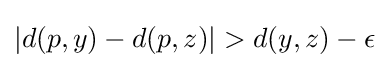
|d(p,y)-d(p,z)|>d(y,z)-\epsilon